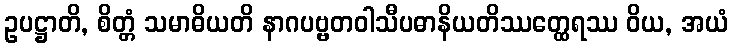
ဥပဋ္ဌာတိ, စိတ္တံ သမာဓိယတိ နာဂပဗ္ဗတဝါသီပဓာနိယတိဿတ္ထေရဿ ဝိယ, အယံ